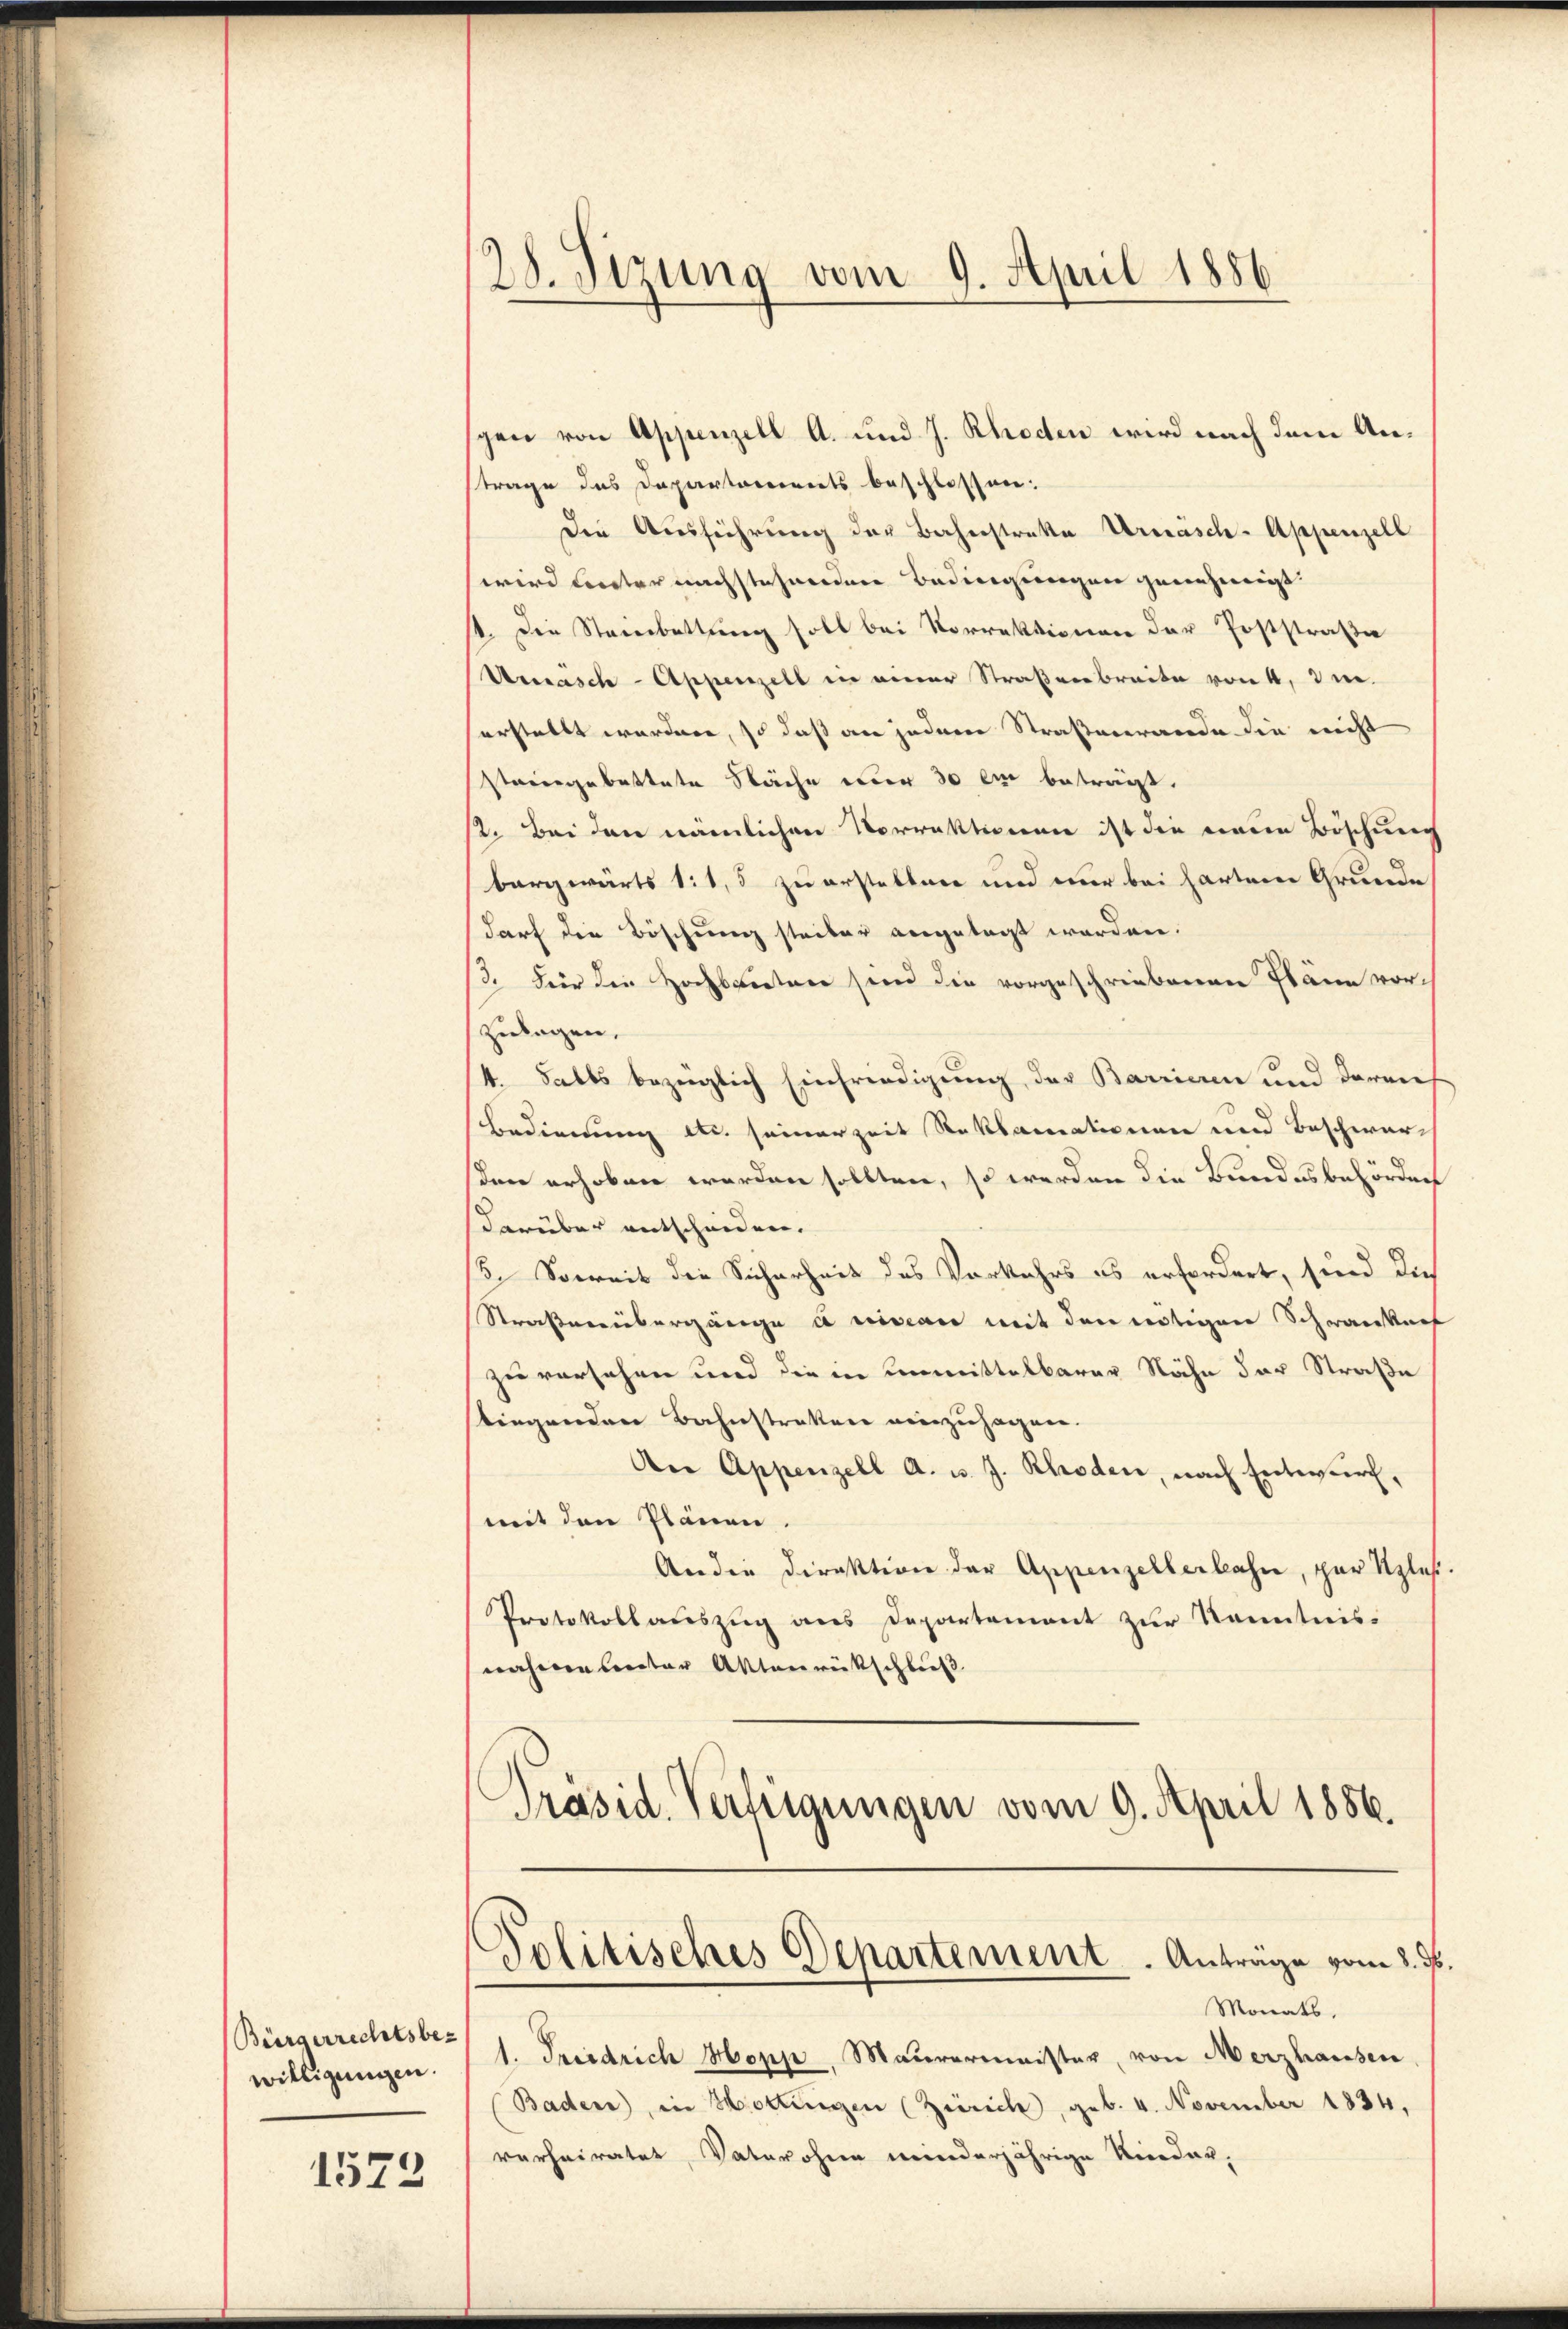
Bürgerrechtsbe-
willigungen.

1573

28. Sizung vom 9. April 1886

gen von Appenzell A. und J. Rhoden wird nach dem Anstrage des Departements beschlossen:
Die Ausführung der Bahnstrakte Urwäsch-Appenzell
wird unter nachstehenden Bedingungen genehmigt.
1. Die Stambattung soll bei Vorrektionen der Poststraße
Unäsch-Appenzell in einer Straßenbreite von 4, di
erstellt worden, so daß an jedem Straßenrande die nicht
staiengebattete Stäche der 30 en beträgt.
2. Bei den nämlichen Vorrektionen ist die neue Böschung
bargwärts 1:1,5 zu erstellen und nur bei hartem Grunde
darf die Böschung steiber angelegt worden.
s. Für die Hochbauten sind die vorgeschriebenen Pläne vorh
Zulagen.
4. Falls bezeiglich Einfriedigung der Barrieren und darnief
Bedienung etc. seinerzeit Reklamationen und Beschwarden erhoben werden sollten, so werden die Bundesbehörden
darüber entscheiden.
/5. Soweit die Sicherheit des Vorkehrs es erfordert, sind dies
Straßenübergänge a niveau mit den nötigen Schwankunf
zu vorsehen und die in unmittelbarer Nähe der Straße
stiegenden Bahnstraten einzusagen.
An Appenzell A. u. J. Rhoden, nach Entwurf,
mit den Plänen
An die Direktion der Appenzellerbahn, par Uzles
Protokollauszug aus Departement zur Kenntnisnahmen unter Aktenrückschließ
Präsid. Vertigungen vom 9. April 1886.
Politisches Departement. Antrage vom 3. ds.
Monats,
1. Friedrich Hopp, Maurermeister, von Merzhausen,
Baden, in Hottingen (Zürich, geb. 4. November 1834,
verheiratet, Vater ohne minderjährige Nieder,